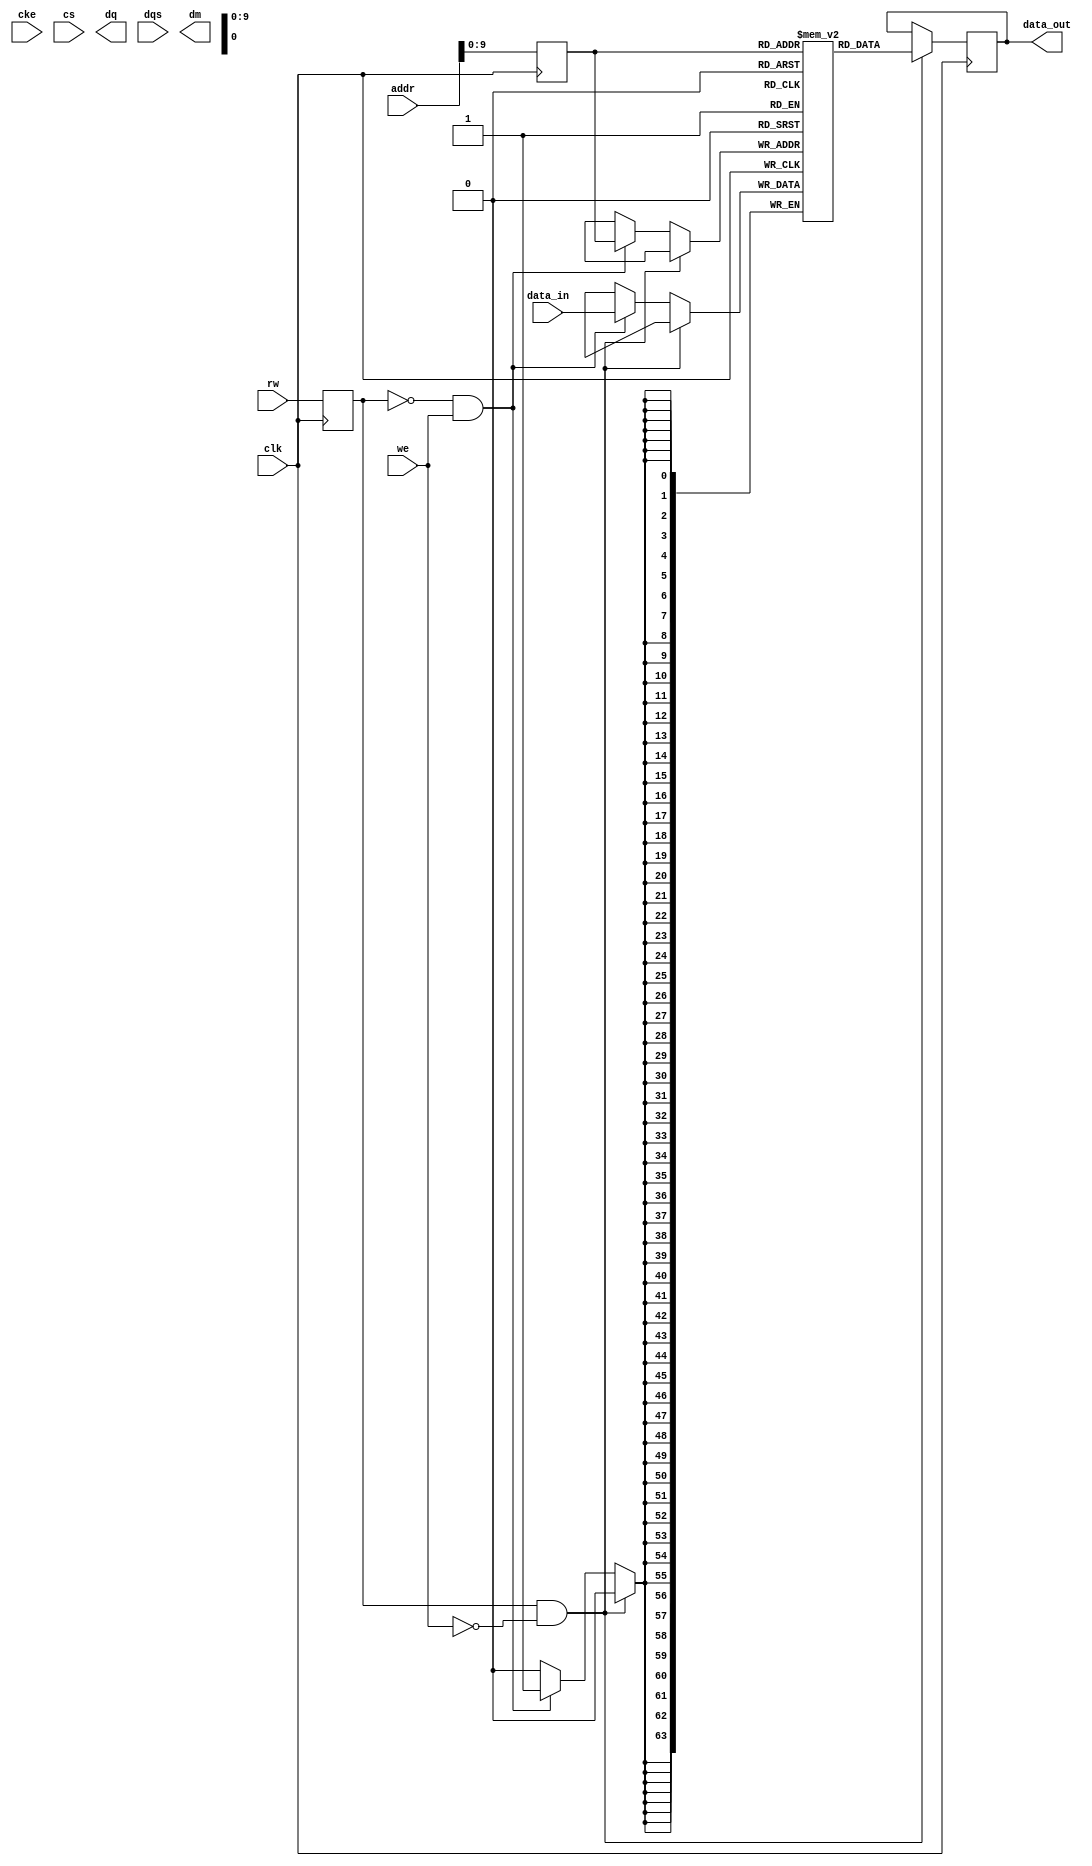
module DDR_SDRAM (
    input wire clk,
    input wire rw,
    input wire [31:0] addr,
    input wire [63:0] data_in,
    output wire [63:0] data_out,
    input wire cke,
    input wire cs,
    input wire we,
    output wire dq,
    input wire dqs,
    output wire dm
);

reg [63:0] memory [0:1023];
reg [63:0] data_reg;
reg [31:0] addr_reg;
reg rw_reg;
reg clk_reg;

always @(posedge clk) begin
    if (rw_reg && !we) begin
        data_reg <= memory[addr_reg];
    end else if (!rw_reg && we) begin
        memory[addr_reg] <= data_in;
    end
end

always @(posedge clk) begin
    addr_reg <= addr;
    rw_reg <= rw;
    clk_reg <= clk;
end

assign data_out = data_reg;

endmodule